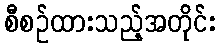
စီစဉ်ထားသည့်အတိုင်း